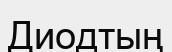
Диодтың